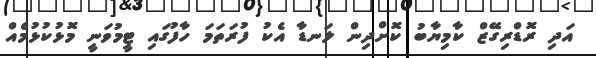
އަދި ރޮޑްރިގޭޒް ކާމިޔާބު ކޮށްދިން ލަނޑާ އެކު ފުރަތަމަ ހާފުގައި ޓީމުވަނީ މޮޅުކުޅުމެއް